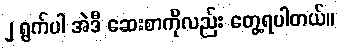
၂ ရွက်ပါ အဲဒီ ဆေးစာကိုလည်း တွေ့ရပါတယ်။